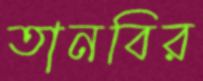
তানবির